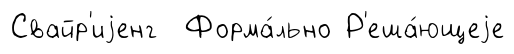
Свайр'иjенг Форма́льно Р'еша́ющеjе